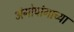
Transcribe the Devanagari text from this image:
अंगोपांगाच्या